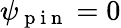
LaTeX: \psi_{\mathrm{~p~i~n~}}=0